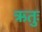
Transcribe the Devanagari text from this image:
ऋतुः